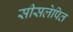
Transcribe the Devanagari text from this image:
सीसलेपित